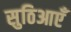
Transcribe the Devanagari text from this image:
सुठिआएँ